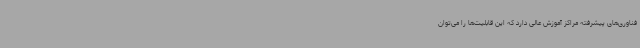
فناوری‌های پیشرفته مراکز آموزش عالی دارد که این قابلیت‌ها را می‌توان